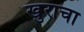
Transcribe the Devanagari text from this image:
खुराचा